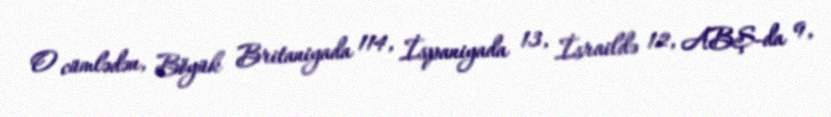
O cümlədən, Böyük Britaniyada 114, İspaniyada 13, İsraildə 12, ABŞ-da 9,